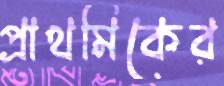
প্রাথমিকের